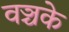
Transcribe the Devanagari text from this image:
वञ्चके